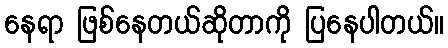
နေရာ ဖြစ်နေတယ်ဆိုတာကို ပြနေပါတယ်။